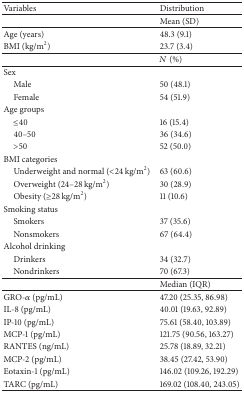
<table><thead><tr><td><b>Variables</b></td><td><b>Distribution</b></td></tr></thead><tbody><tr><td> </td><td>Mean (SD)</td></tr><tr><td>Age (years)</td><td>48.3 (9.1)</td></tr><tr><td>BMI (kg/m<sup>2</sup>)</td><td>23.7 (3.4)</td></tr><tr><td> </td><td><i>N</i> (%)</td></tr><tr><td>Sex</td><td> </td></tr><tr><td> Male</td><td>50 (48.1)</td></tr><tr><td> Female</td><td>54 (51.9)</td></tr><tr><td>Age groups </td><td> </td></tr><tr><td> ≤40 </td><td>16 (15.4)</td></tr><tr><td> 40–50</td><td>36 (34.6)</td></tr><tr><td> &gt;50</td><td>52 (50.0)</td></tr><tr><td>BMI categories</td><td> </td></tr><tr><td> Underweight and normal (&lt;24 kg/m<sup>2</sup>)</td><td>63 (60.6)</td></tr><tr><td> Overweight (24–28 kg/m<sup>2</sup>)</td><td>30 (28.9)</td></tr><tr><td> Obesity (≥28 kg/m<sup>2</sup>)</td><td>11 (10.6)</td></tr><tr><td>Smoking status</td><td> </td></tr><tr><td> Smokers</td><td>37 (35.6)</td></tr><tr><td> Nonsmokers</td><td>67 (64.4)</td></tr><tr><td>Alcohol drinking</td><td> </td></tr><tr><td> Drinkers</td><td>34 (32.7)</td></tr><tr><td> Nondrinkers</td><td>70 (67.3)</td></tr><tr><td> </td><td>Median (IQR)</td></tr><tr><td>GRO-<i>α</i> (pg/mL)</td><td>47.20 (25.35, 86.98) </td></tr><tr><td>IL-8 (pg/mL)</td><td>40.01 (19.63, 92.89) </td></tr><tr><td>IP-10 (pg/mL)</td><td>75.61 (58.40, 103.89) </td></tr><tr><td>MCP-1 (pg/mL)</td><td>121.75 (90.56, 163.27) </td></tr><tr><td>RANTES (ng/mL)</td><td>25.78 (18.89, 32.21) </td></tr><tr><td>MCP-2 (pg/mL)</td><td>38.45 (27.42, 53.90) </td></tr><tr><td>Eotaxin-1 (pg/mL)</td><td>146.02 (109.26, 192.29) </td></tr><tr><td>TARC (pg/mL)</td><td>169.02 (108.40, 243.05) </td></tr></tbody></table>